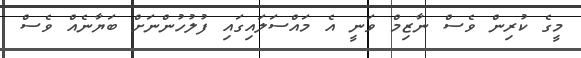
މީގެ ކުރިން ވެސް ނާޒިމް ވަނީ އެ މައްސަލައިގައި ފުލުހުންނަށް ބަޔާނެއް ވެސް